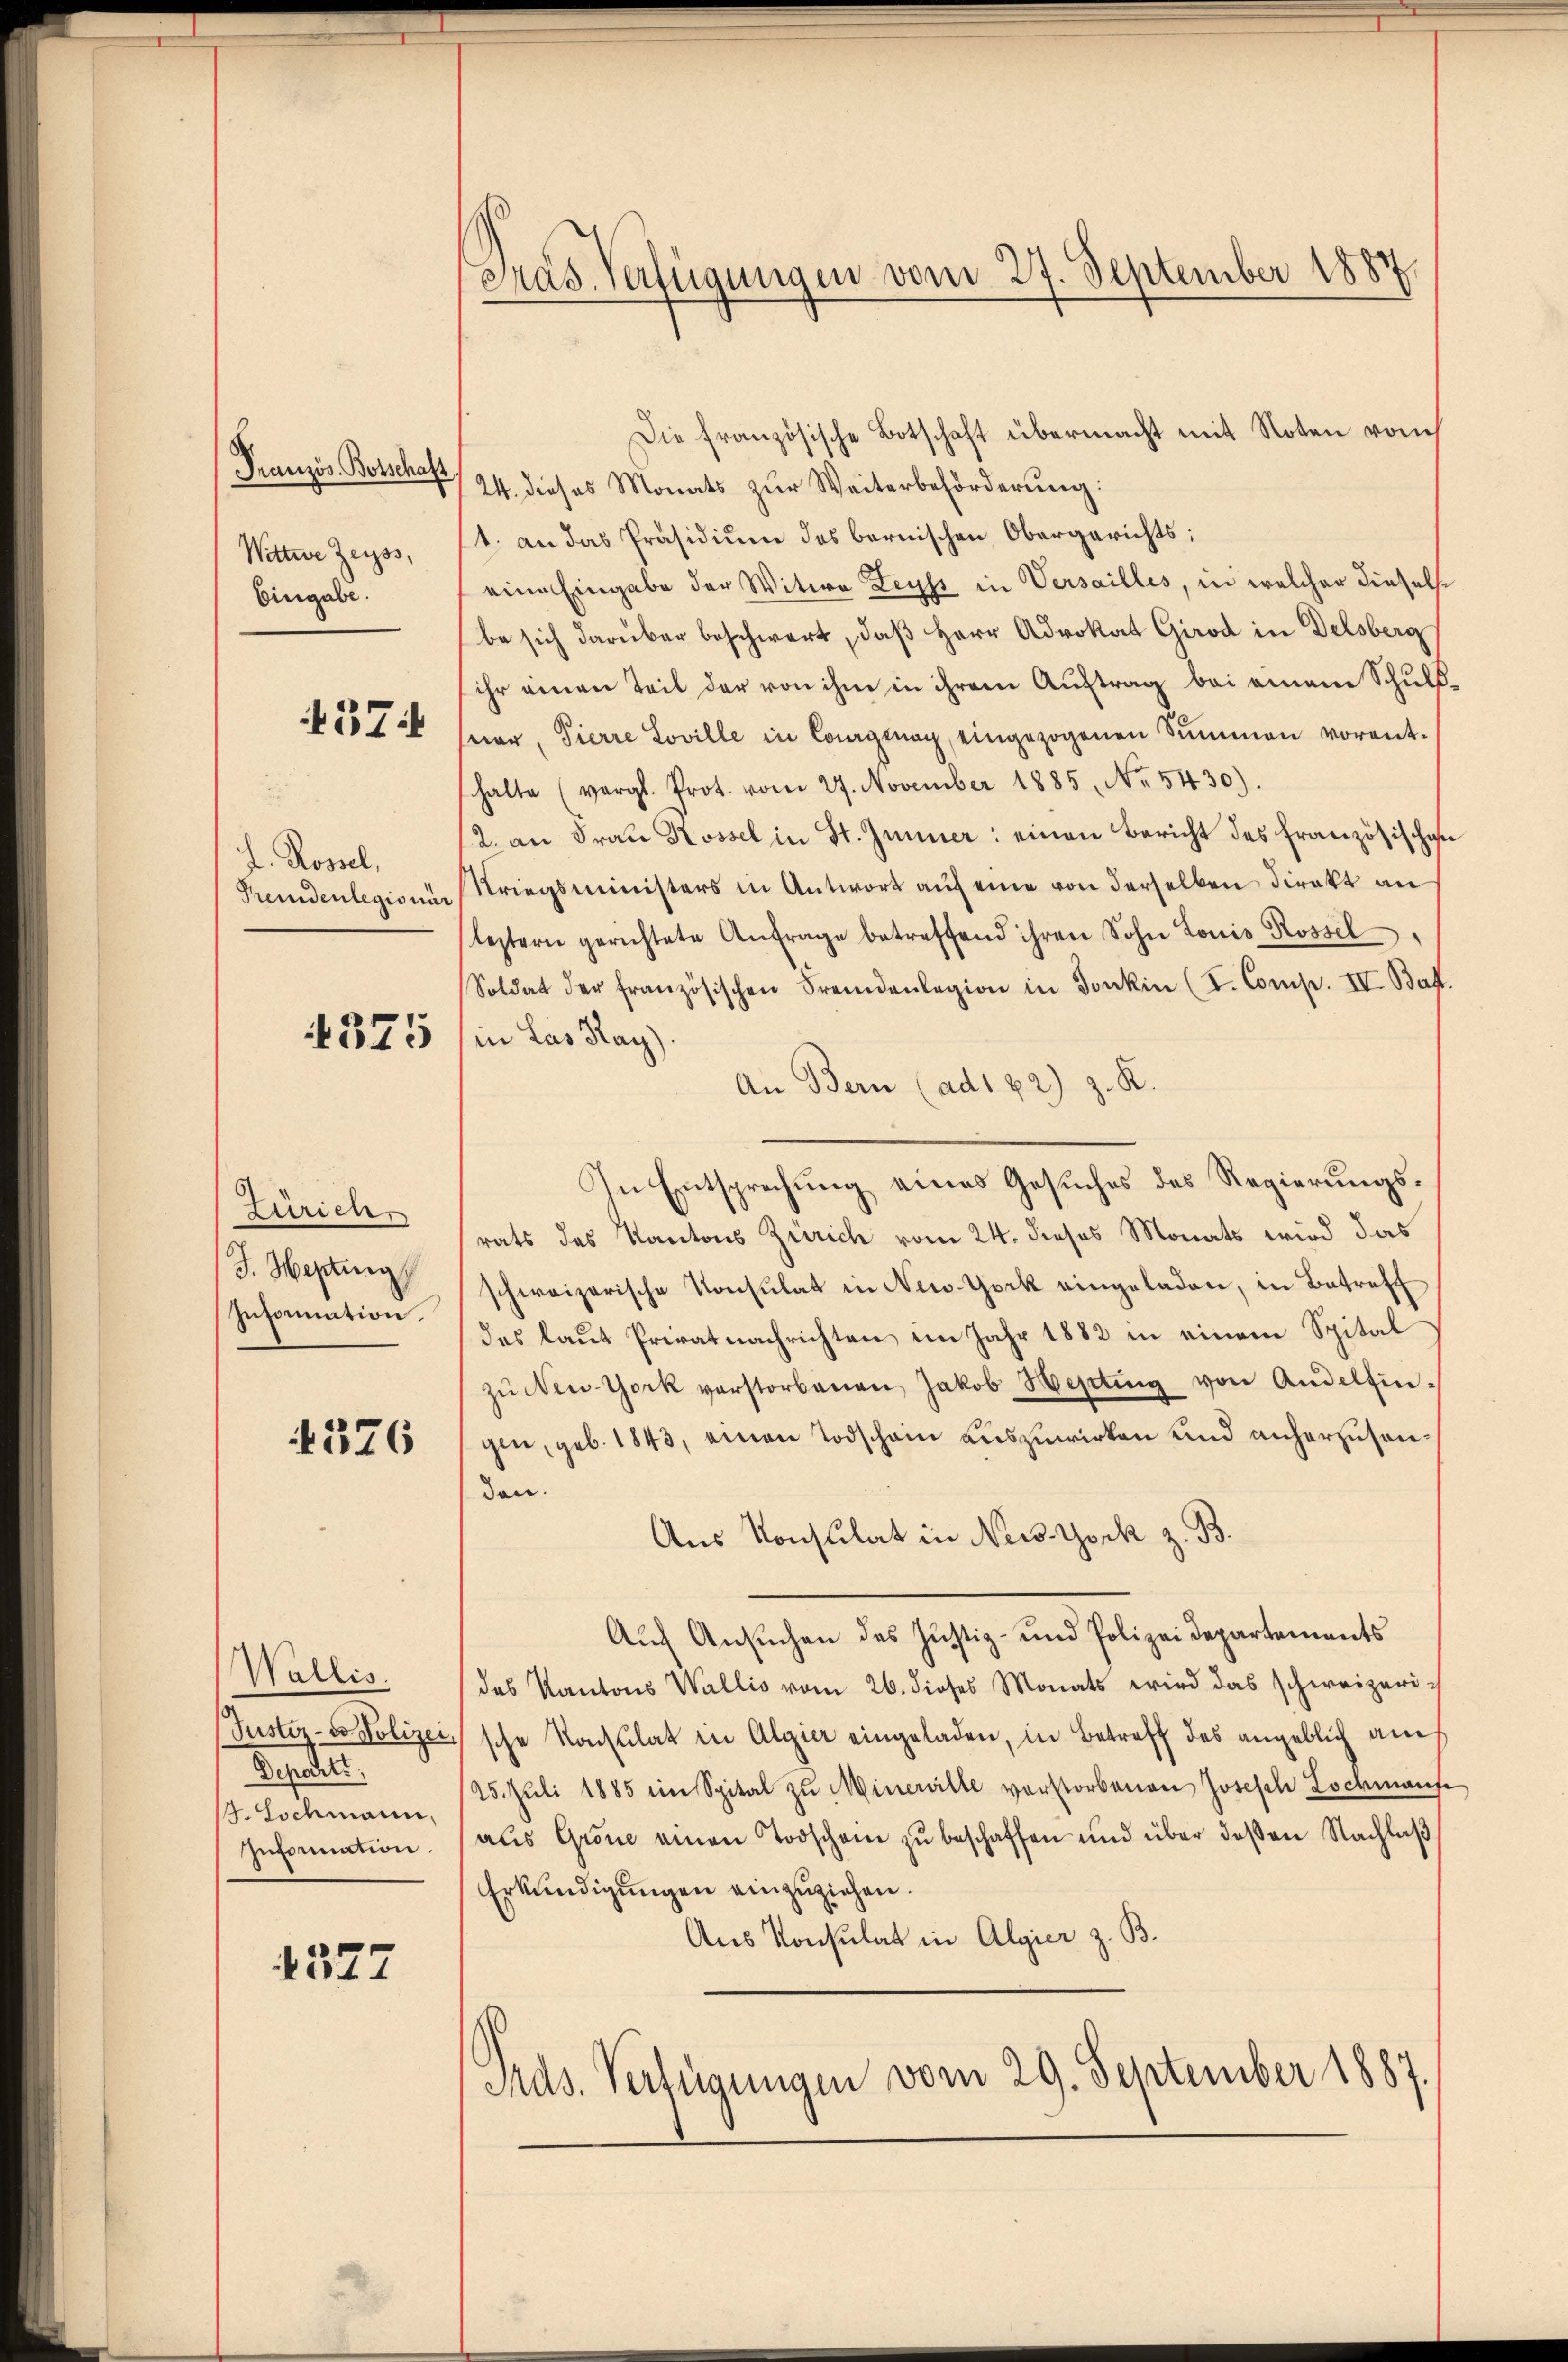
Französ. Botschaft
Wittwe Zeiss,
Eingabe.

37

L. Rossel,

Zürich
Information.

Wallis.
Deprediti
4. Schmann,

4327

Die französische Botschaft übermacht mit Noten vom
724. dieses Monats zur Weiterbeförderung:
1. an das Präsidium des bernischen Obergerichts:
eine Eingabe der Witwe Leyss in Versailles, in welcher dieselbe sich darüber beschwert, daß Herr Advokat Girod in Delsberg
ihr einen Teil der von ihm in ihrem Auftrag bei einem Schuld
sner, Tierre Loville in Courgenag, eingezogenen Summen vorent-
halte (vergl. Prot. vom 27. November 1885, Nr. 5430).
2. an Frau Rossel in St. Junner: einen Bericht des Französische
Fremdenlegionie Kriegsministers in Antwort auf eine von derselben Direkt an
leztern gerichtete Anfrage betreffend ihren Sohn Louis Rossel,
Soldat der französischen Fremdenlegion in Jonkin (I. Comp. II. Batt
N 375 (in das Hay.
An Bern (ad182) z. R.
In Entsprechung eines Gesuches des Regierungsrats des Kantons Zürich vom 24. dieses Monats wird das
J. Heptirg schweizerische Konsulat in New York eingeladen, in Betreff
des laut Privatnachrichten im Jahr 1882 in einem Spital
zŭ New-York verstorbenen Jakob Hepting von Andelfin¬
1576 (gen, geb. 1843, einen Todschein auszuwirken und anherzusen
den.
Aus Konsulat in New-York z. B.
Auch Ansuchen des Justiz- und Polizeidepartements
des Kantons Wallis vom 26. dieses Monats wird das schweizeri¬
Justiz-Co Polizei sche Konsulat in Algier eingeladen, in Betreff des angeblich auch
25. Jŭli 1885 im Spital zŭ Minerville vorstorbenen Joseph Lochmanf
Information (aus Grone einen Todschein zŭ beschaffen und über dessen Nachlaβ
Erkundigungen einzuziehen.
Ans Konsulat in Algier z. B.
Srds. Verfügungen vom 29. September 1887.

Pras Verfügungen vom 27. September 1887